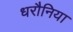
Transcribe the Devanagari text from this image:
धरौनिया